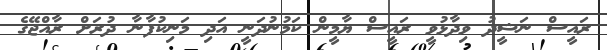
ރައީސް ނަޝީދު ވިދާޅުވީ ރައީސް ޔާމީން ކަމުނުދަނީ އަދި މަނިކުފާނާ ދުރަށް ރާއްޖޭގެ